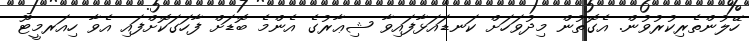
ހޭލުންތެރިކުރުވުން. އެގޮތުން މިދުވަހަށް ކަނޑައަޅާފައިވާ ޝިޢާރުގެ އެންމެ ބޮޑަށް ފާހަގަކޮށްފައި އެވާ ހިއަރމީޓޫ